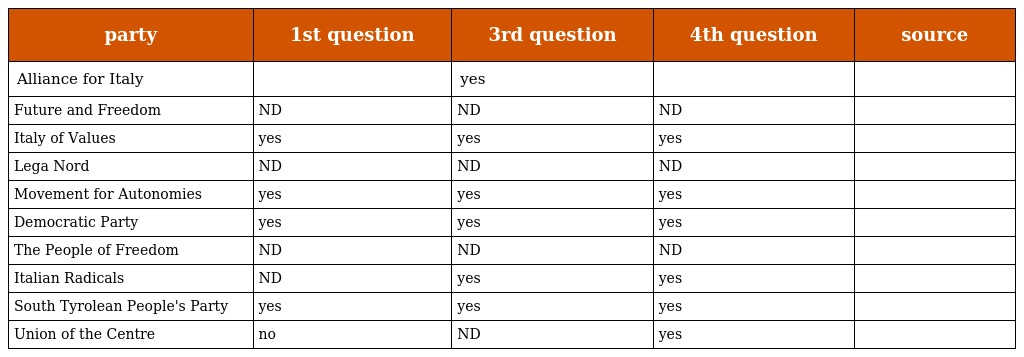
| party | 1st question | 3rd question | 4th question | source |
 | --- | --- | --- | --- | --- |
 | Alliance for Italy |  | yes |  |  |
 | Future and Freedom | ND | ND | ND |  |
 | Italy of Values | yes | yes | yes |  |
 | Lega Nord | ND | ND | ND |  |
 | Movement for Autonomies | yes | yes | yes |  |
 | Democratic Party | yes | yes | yes |  |
 | The People of Freedom | ND | ND | ND |  |
 | Italian Radicals | ND | yes | yes |  |
 | South Tyrolean People's Party | yes | yes | yes |  |
 | Union of the Centre | no | ND | yes |  |